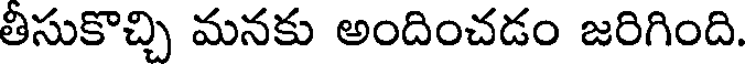
తిసుకొచ్చి మనకు అందించడం జరిగింది.